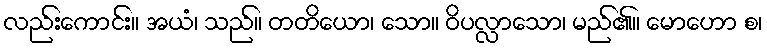
လည်းကောင်း။ အယံ၊ သည်။ တတိယော၊ သော။ ဝိပလ္လာသော၊ မည်၏။ မောဟော စ၊